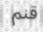
قنم